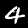
Digit: 4